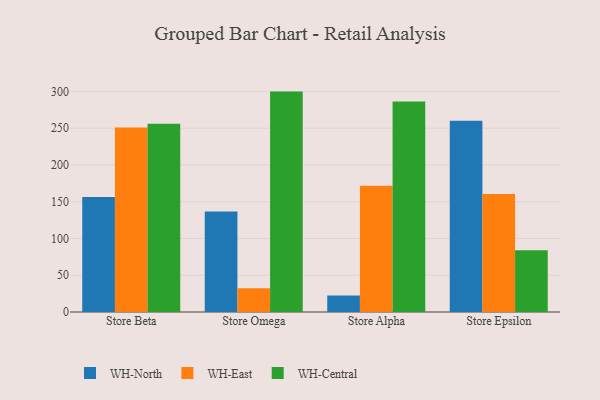
{"axis": {"x": "Store", "y": "Customer Acquisition Cost (USD)"}, "legend": ["WH-Central", "WH-East", "WH-North"], "data": [{"x": "Store Beta", "y": 156.4, "type": "WH-North"}, {"x": "Store Beta", "y": 250.9, "type": "WH-East"}, {"x": "Store Beta", "y": 256.0, "type": "WH-Central"}, {"x": "Store Omega", "y": 136.6, "type": "WH-North"}, {"x": "Store Omega", "y": 32.3, "type": "WH-East"}, {"x": "Store Omega", "y": 299.8, "type": "WH-Central"}, {"x": "Store Alpha", "y": 22.3, "type": "WH-North"}, {"x": "Store Alpha", "y": 171.9, "type": "WH-East"}, {"x": "Store Alpha", "y": 286.5, "type": "WH-Central"}, {"x": "Store Epsilon", "y": 260.0, "type": "WH-North"}, {"x": "Store Epsilon", "y": 160.5, "type": "WH-East"}, {"x": "Store Epsilon", "y": 84.1, "type": "WH-Central"}]}